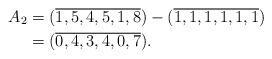
LaTeX: \begin{align*}A_2 &= (\overline{1,5,4,5,1,8} ) - (\overline{1,1,1,1,1,1} ) \\ & = (\overline{0,4,3,4,0,7} ). \end{align*}